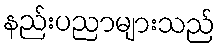
နည်းပညာများသည်